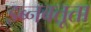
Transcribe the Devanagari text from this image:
इब्‍नबतूता